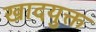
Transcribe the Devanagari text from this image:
खादयुक्त